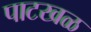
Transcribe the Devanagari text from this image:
पाटखळ